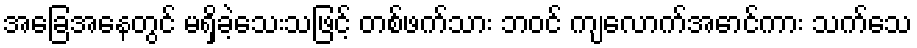
အခြေအနေတွင် မရှိခဲ့သေးသဖြင့် တစ်ဖက်သား ဘဝင် ကျလောက်အောင်ကား သက်သေ